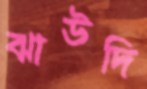
ঝাউদি